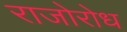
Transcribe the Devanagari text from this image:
राजोरोध